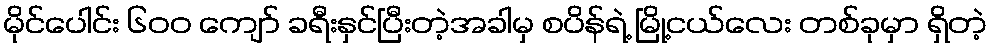
မိုင်ပေါင်း ၆၀၀ ကျော် ခရီးနှင်ပြီးတဲ့အခါမှ စပိန်ရဲ့ မြို့ငယ်လေး တစ်ခုမှာ ရှိတဲ့